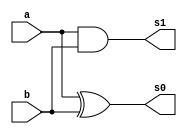
module figure2_45 (
  a, b, s1, s0
);
input a, b;
output s1, s0;

assign s1 = a&b;
assign s0 = a^b;
  
endmodule